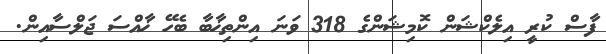
ފާސް ކުރީ އިލެކްޝަން ކޮމިޝަންގެ 318 ވަނަ އިންތިޚާބާ ބެހޭ ޚާއްސަ ޖަލްސާއިން.